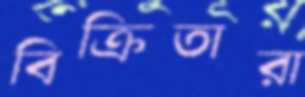
বিক্রিতারা